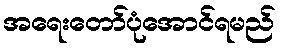
အရေးတော်ပုံအောင်ရမည်